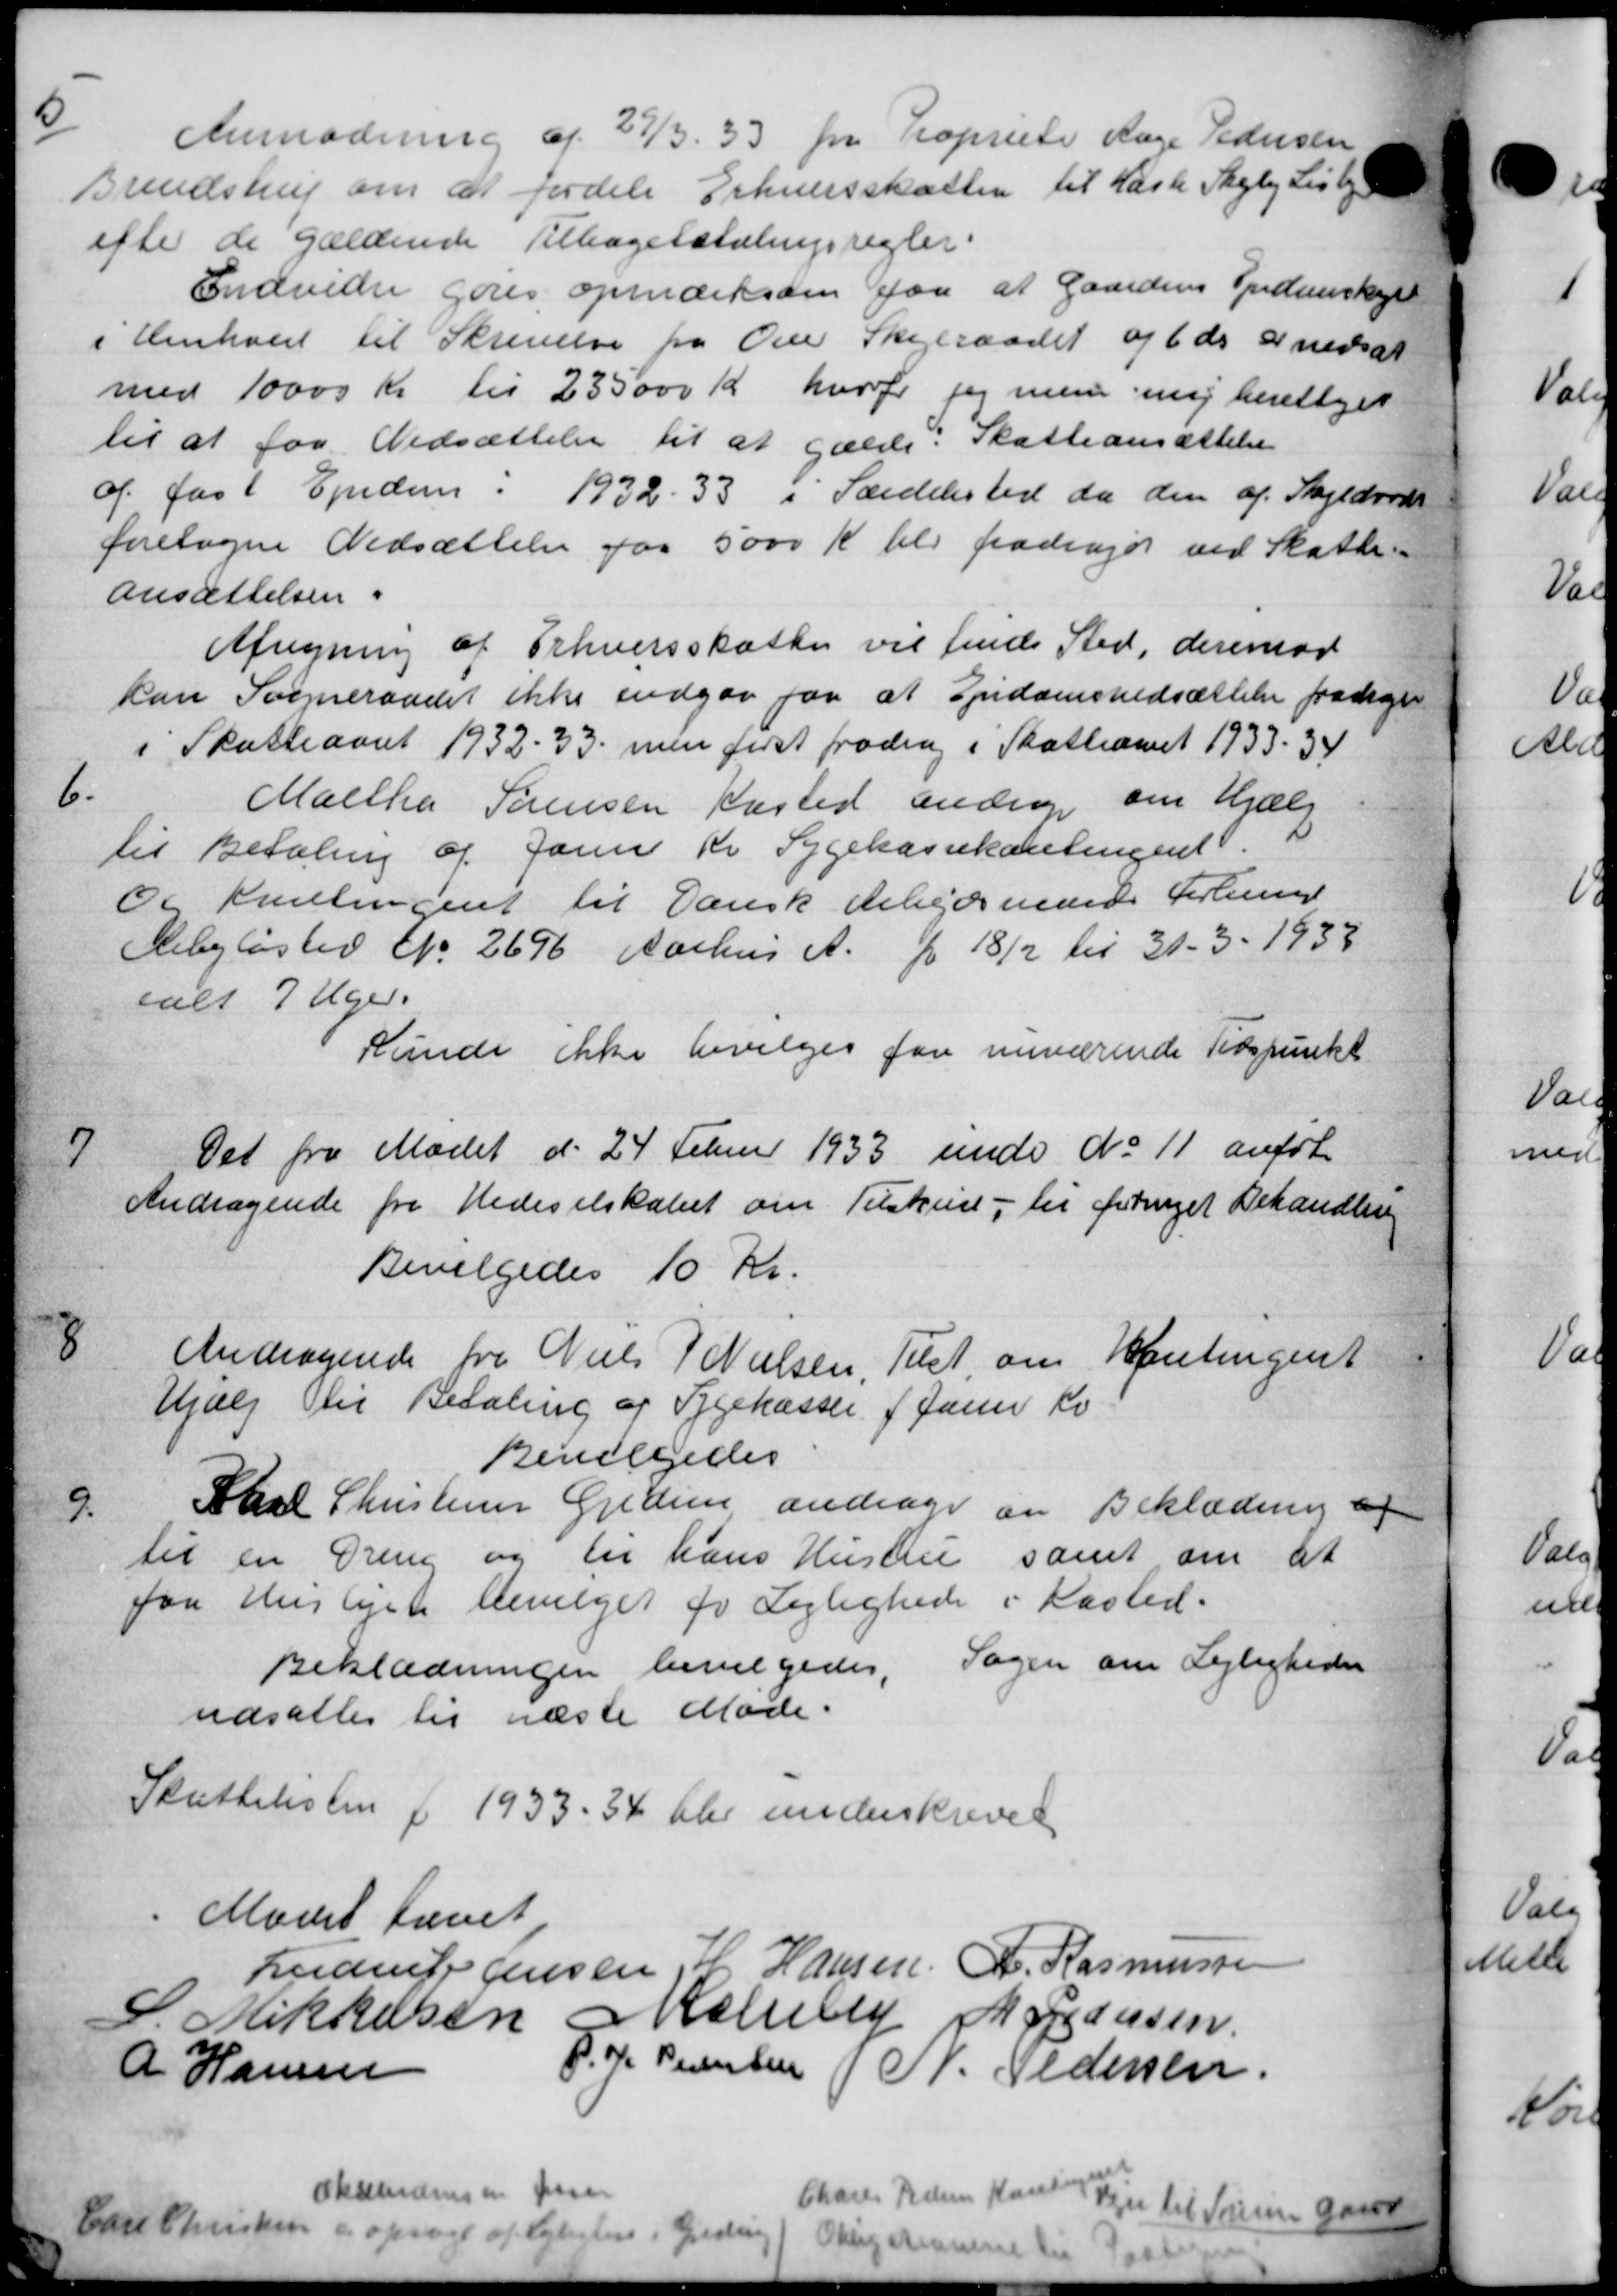
Transskription:
5
Anmodning af 27/3 33 fra Propriets Aage Pedersen
Brendstrup om at fordele Erhvervsskatten til Hasle Skejby Lisbj
efter de gældende Tilbagebetalingsregler.
Indvider gøres opmærksten faa at Gaardens Spidenskytt
i Henhold til Skrivelse fra Ove Skejeraadet af 6 ds. at nedsat
med 10000 Kr. til 235.000 Kr. hvorfor jeg men me berettiget
til at faa Nedsættelse til at gælde Skatteansættelse
af fast Ejendom i 1932-33 i Særdelested da den af Skyldvæde
foretagne Nedsættelse paa 5000 Kr her fradraget ved Skatte-
Ansættelsen.
Afregning af Erhvervsskatten vil finde Sted, derimod
kan Sogneraadet ikke indgør for at Ejndomsnedsættelse fradragt
i Skatteaaret 1932 - 33 men først fradrag i Skatteaaret 1933-34
6
Maltha Sørensen Kasted androg om Hjælp
til Betaling af Jan Kr Sygekassekontingent.
Et Kontingent til Dansk Arbejdsmands Forlinge
Rebejløster No 2696 Aarhus A. fr 18/2 til 31 - 3 - 1938
ialt 7 Uger.
Kunde ikke bevilges for nuværende Tidspunkt
7
Det fra Mødet d. 24 Febr 1933 under No 11 anført
Andragende fra Hedeselskabet om Tilskud til forriget Behandling
Bevilgedes 10 Kr.
8
Andragende fra Niels J. Nielsen, Tilst, om Hentingent
Hjælp til Betaling af Sygekassen 1 Jan Kv
Bevilgedes
9
Karl Christensen Geden andrager en Beklædning af
til en Gren og til hans Hustru samt om at
paa Huslejen bevilget for Lejlighede i Kasted.
Beklædningen bevilgedes. Sagen om Lejligheden
udsattes til næste Møde.
Skuttelisten f 1933 - 34 blev underskrevet
Mødet hævet
Ludenfor Jensen, K. Hansen A. Rasmussen
S Mikkelsen Nellery Morgensen
P. H. Pedersen P. Pedersen
A Hansen
oksendensen pase
Carl Christen og opsagt af Lejligten i Greden
Charles Pederne Kasse Lejen til Søren Gaard
Obligationen til